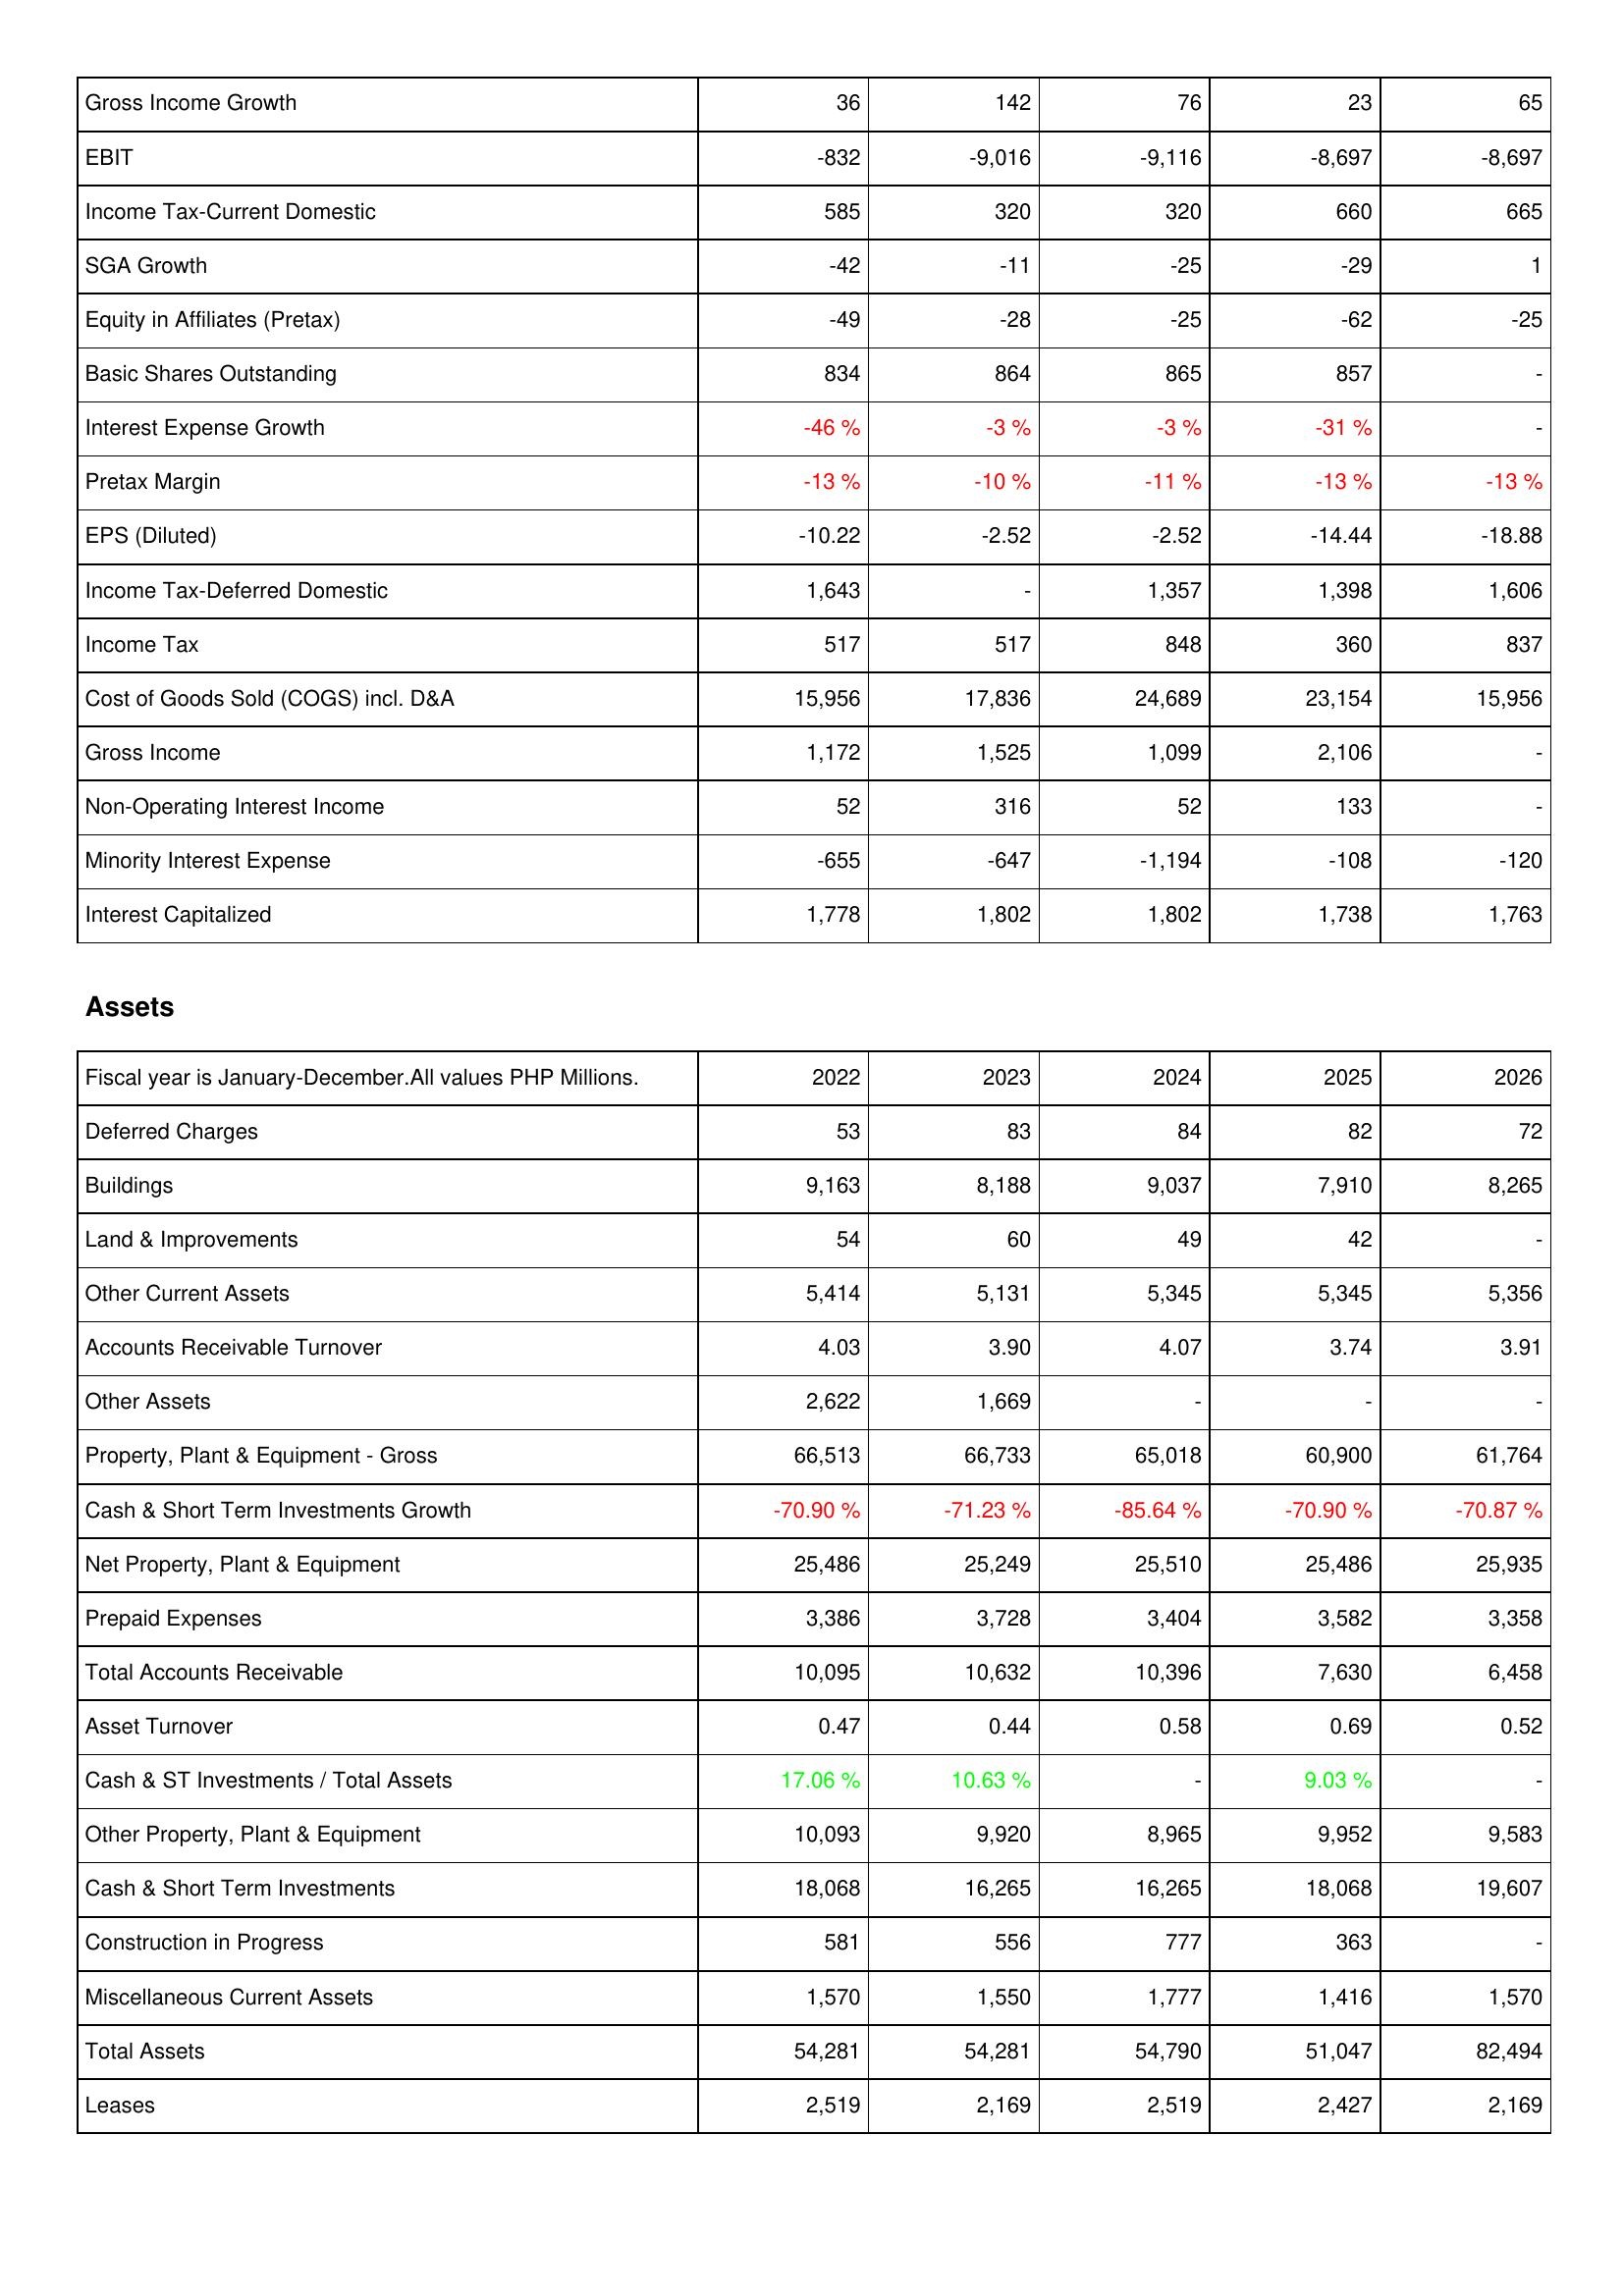
2022: Income Statement: Gross Income Growth: 36
EBIT: -832
Income Tax-Current Domestic: 585
SGA Growth: -42
Equity in Affiliates (Pretax): -49
Basic Shares Outstanding: 834
Interest Expense Growth: -46 %
Pretax Margin: -13 %
EPS (Diluted): -10.22
Income Tax-Deferred Domestic: 1,643
Income Tax: 517
Cost of Goods Sold (COGS) incl. D&A: 15,956
Gross Income: 1,172
Non-Operating Interest Income: 52
Minority Interest Expense: -655
Interest Capitalized: 1,778
Assets: Deferred Charges: 53
Buildings: 9,163
Land & Improvements: 54
Other Current Assets: 5,414
Accounts Receivable Turnover: 4.03
Other Assets: 2,622
Property, Plant & Equipment - Gross: 66,513
Cash & Short Term Investments Growth: -70.90 %
Net Property, Plant & Equipment: 25,486
Prepaid Expenses: 3,386
Total Accounts Receivable: 10,095
Asset Turnover: 0.47
Cash & ST Investments / Total Assets: 17.06 %
Other Property, Plant & Equipment: 10,093
Cash & Short Term Investments: 18,068
Construction in Progress: 581
Miscellaneous Current Assets: 1,570
Total Assets: 54,281
Leases: 2,519
2023: Income Statement: Gross Income Growth: 142
EBIT: -9,016
Income Tax-Current Domestic: 320
SGA Growth: -11
Equity in Affiliates (Pretax): -28
Basic Shares Outstanding: 864
Interest Expense Growth: -3 %
Pretax Margin: -10 %
EPS (Diluted): -2.52
Income Tax-Deferred Domestic: -
Income Tax: 517
Cost of Goods Sold (COGS) incl. D&A: 17,836
Gross Income: 1,525
Non-Operating Interest Income: 316
Minority Interest Expense: -647
Interest Capitalized: 1,802
Assets: Deferred Charges: 83
Buildings: 8,188
Land & Improvements: 60
Other Current Assets: 5,131
Accounts Receivable Turnover: 3.90
Other Assets: 1,669
Property, Plant & Equipment - Gross: 66,733
Cash & Short Term Investments Growth: -71.23 %
Net Property, Plant & Equipment: 25,249
Prepaid Expenses: 3,728
Total Accounts Receivable: 10,632
Asset Turnover: 0.44
Cash & ST Investments / Total Assets: 10.63 %
Other Property, Plant & Equipment: 9,920
Cash & Short Term Investments: 16,265
Construction in Progress: 556
Miscellaneous Current Assets: 1,550
Total Assets: 54,281
Leases: 2,169
2024: Income Statement: Gross Income Growth: 76
EBIT: -9,116
Income Tax-Current Domestic: 320
SGA Growth: -25
Equity in Affiliates (Pretax): -25
Basic Shares Outstanding: 865
Interest Expense Growth: -3 %
Pretax Margin: -11 %
EPS (Diluted): -2.52
Income Tax-Deferred Domestic: 1,357
Income Tax: 848
Cost of Goods Sold (COGS) incl. D&A: 24,689
Gross Income: 1,099
Non-Operating Interest Income: 52
Minority Interest Expense: -1,194
Interest Capitalized: 1,802
Assets: Deferred Charges: 84
Buildings: 9,037
Land & Improvements: 49
Other Current Assets: 5,345
Accounts Receivable Turnover: 4.07
Other Assets: -
Property, Plant & Equipment - Gross: 65,018
Cash & Short Term Investments Growth: -85.64 %
Net Property, Plant & Equipment: 25,510
Prepaid Expenses: 3,404
Total Accounts Receivable: 10,396
Asset Turnover: 0.58
Cash & ST Investments / Total Assets: -
Other Property, Plant & Equipment: 8,965
Cash & Short Term Investments: 16,265
Construction in Progress: 777
Miscellaneous Current Assets: 1,777
Total Assets: 54,790
Leases: 2,519
2025: Income Statement: Gross Income Growth: 23
EBIT: -8,697
Income Tax-Current Domestic: 660
SGA Growth: -29
Equity in Affiliates (Pretax): -62
Basic Shares Outstanding: 857
Interest Expense Growth: -31 %
Pretax Margin: -13 %
EPS (Diluted): -14.44
Income Tax-Deferred Domestic: 1,398
Income Tax: 360
Cost of Goods Sold (COGS) incl. D&A: 23,154
Gross Income: 2,106
Non-Operating Interest Income: 133
Minority Interest Expense: -108
Interest Capitalized: 1,738
Assets: Deferred Charges: 82
Buildings: 7,910
Land & Improvements: 42
Other Current Assets: 5,345
Accounts Receivable Turnover: 3.74
Other Assets: -
Property, Plant & Equipment - Gross: 60,900
Cash & Short Term Investments Growth: -70.90 %
Net Property, Plant & Equipment: 25,486
Prepaid Expenses: 3,582
Total Accounts Receivable: 7,630
Asset Turnover: 0.69
Cash & ST Investments / Total Assets: 9.03 %
Other Property, Plant & Equipment: 9,952
Cash & Short Term Investments: 18,068
Construction in Progress: 363
Miscellaneous Current Assets: 1,416
Total Assets: 51,047
Leases: 2,427
2026: Income Statement: Gross Income Growth: 65
EBIT: -8,697
Income Tax-Current Domestic: 665
SGA Growth: 1
Equity in Affiliates (Pretax): -25
Basic Shares Outstanding: -
Interest Expense Growth: -
Pretax Margin: -13 %
EPS (Diluted): -18.88
Income Tax-Deferred Domestic: 1,606
Income Tax: 837
Cost of Goods Sold (COGS) incl. D&A: 15,956
Gross Income: -
Non-Operating Interest Income: -
Minority Interest Expense: -120
Interest Capitalized: 1,763
Assets: Deferred Charges: 72
Buildings: 8,265
Land & Improvements: -
Other Current Assets: 5,356
Accounts Receivable Turnover: 3.91
Other Assets: -
Property, Plant & Equipment - Gross: 61,764
Cash & Short Term Investments Growth: -70.87 %
Net Property, Plant & Equipment: 25,935
Prepaid Expenses: 3,358
Total Accounts Receivable: 6,458
Asset Turnover: 0.52
Cash & ST Investments / Total Assets: -
Other Property, Plant & Equipment: 9,583
Cash & Short Term Investments: 19,607
Construction in Progress: -
Miscellaneous Current Assets: 1,570
Total Assets: 82,494
Leases: 2,169